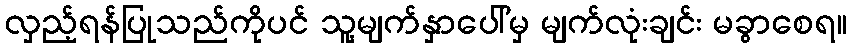
လှည့်ရန်ပြုသည်ကိုပင် သူ့မျက်နှာပေါ်မှ မျက်လုံးချင်း မခွာစေရ။